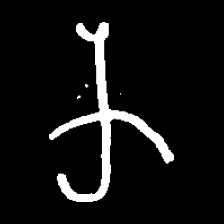
Pyu character \u2014 Myanmar letter: က (romanized: ka)